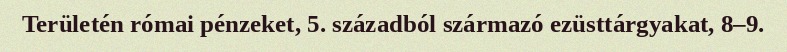
Területén római pénzeket, 5. századból származó ezüsttárgyakat, 8–9.